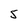
Character: 5